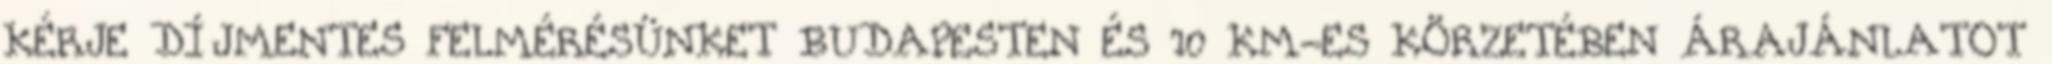
KÉRJE DÍJMENTES FELMÉRÉSÜNKET BUDAPESTEN ÉS 10 KM-ES KÖRZETÉBEN ÁRAJÁNLATOT